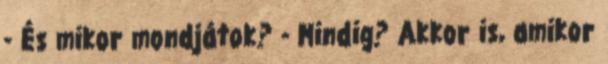
- És mikor mondjátok? - Mindig? Akkor is, amikor